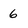
Character: 6